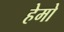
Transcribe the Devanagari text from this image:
हेमो